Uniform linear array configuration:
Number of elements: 24
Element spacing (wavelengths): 1
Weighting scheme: binomial
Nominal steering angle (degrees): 30
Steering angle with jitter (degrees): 29.419
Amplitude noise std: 0.05
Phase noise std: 0.05

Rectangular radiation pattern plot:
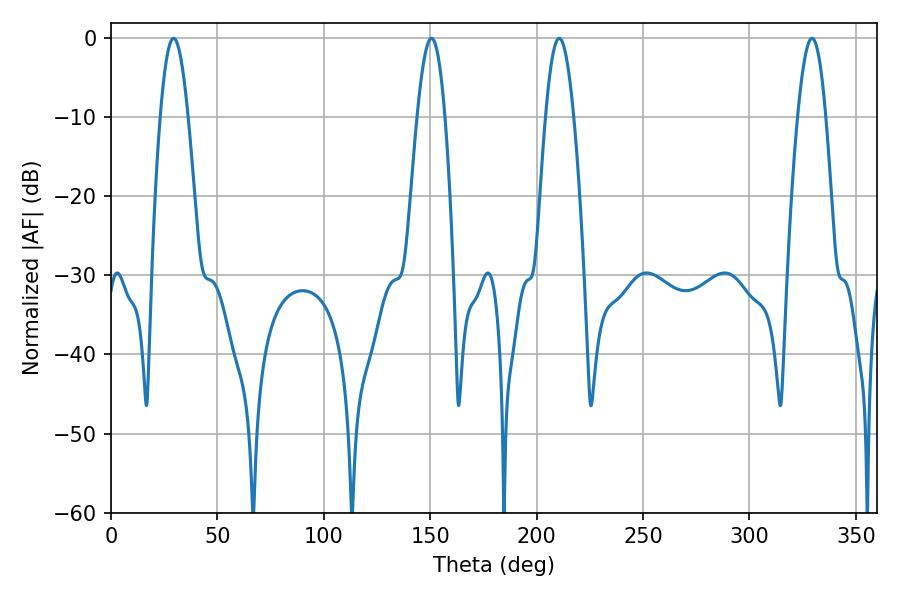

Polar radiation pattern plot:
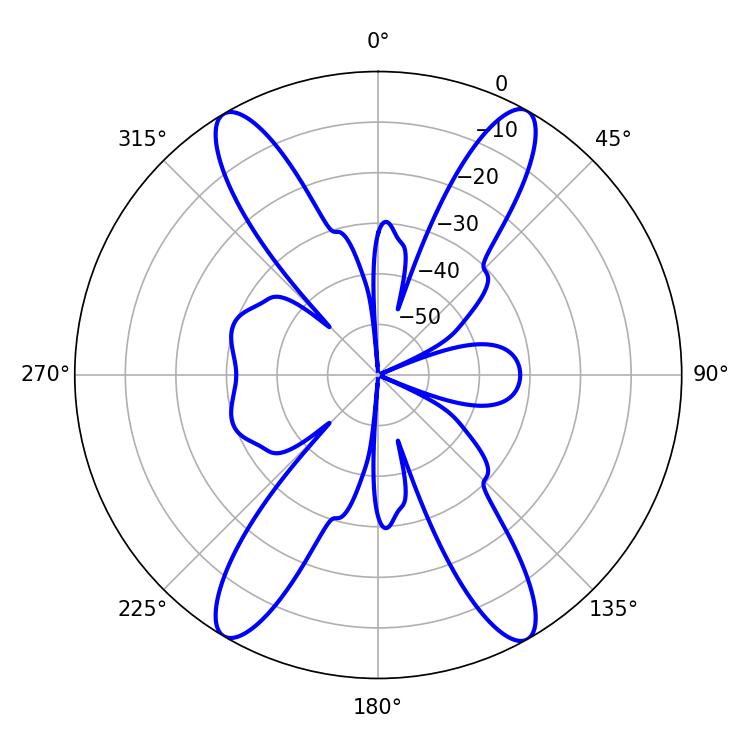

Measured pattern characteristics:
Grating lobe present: TRUE
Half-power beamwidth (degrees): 7.2
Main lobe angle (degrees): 210.6